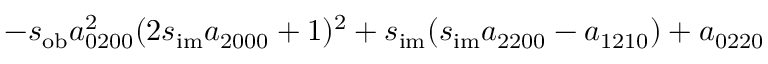
- s _ { \mathrm { o b } } a _ { 0 2 0 0 } ^ { 2 } ( 2 s _ { \mathrm { i m } } a _ { 2 0 0 0 } + 1 ) ^ { 2 } + s _ { \mathrm { i m } } ( s _ { \mathrm { i m } } a _ { 2 2 0 0 } - a _ { 1 2 1 0 } ) + a _ { 0 2 2 0 }